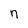
Character: n